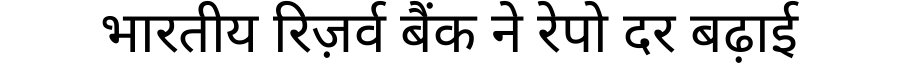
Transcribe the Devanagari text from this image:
भारतीय रिज़र्व बैंक ने रेपो दर बढ़ाई